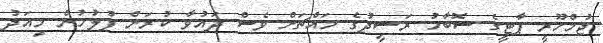
ޖުމްހޫރީ ޕާޓީގެ ސޮބާހު ރަޝީދުގެ މައްޗަށް ވެސް ދައުވާ ކުރަން ފުލުހުން މިއަދު